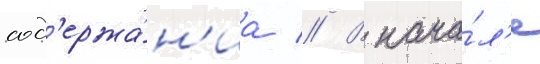
сод'ержа́н'иа // В нача́л'е